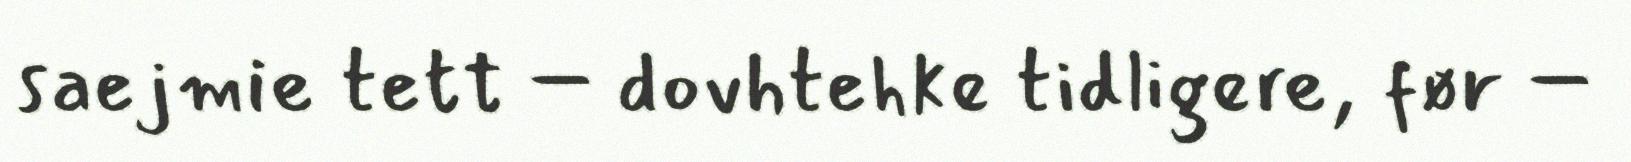
saejmie tett – dovhtehke tidligere, før –